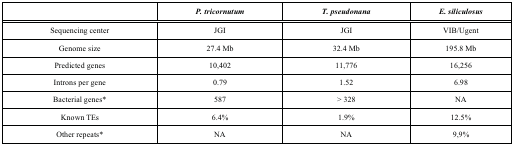
|  | P. tricornutum | T. pseudonana | E. siliculosus |
 | --- | --- | --- | --- |
 | Sequencing center | JGI | JGI | VIB/Ugent |
 | Genome size | 27.4 Mb | 32.4 Mb | 195.8 Mb |
 | Predicted genes | 10,402 | 11,776 | 16,256 |
 | Introns per gene | 0.79 | 1.52 | 6.98 |
 | Bacterial genes* | 587 | > 328 | NA |
 | Known TEs | 6.4% | 1.9% | 12.5% |
 | Other repeats* | NA | NA | 9,9% |